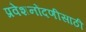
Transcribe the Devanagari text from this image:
प्रवेशनोंदणीसाठी